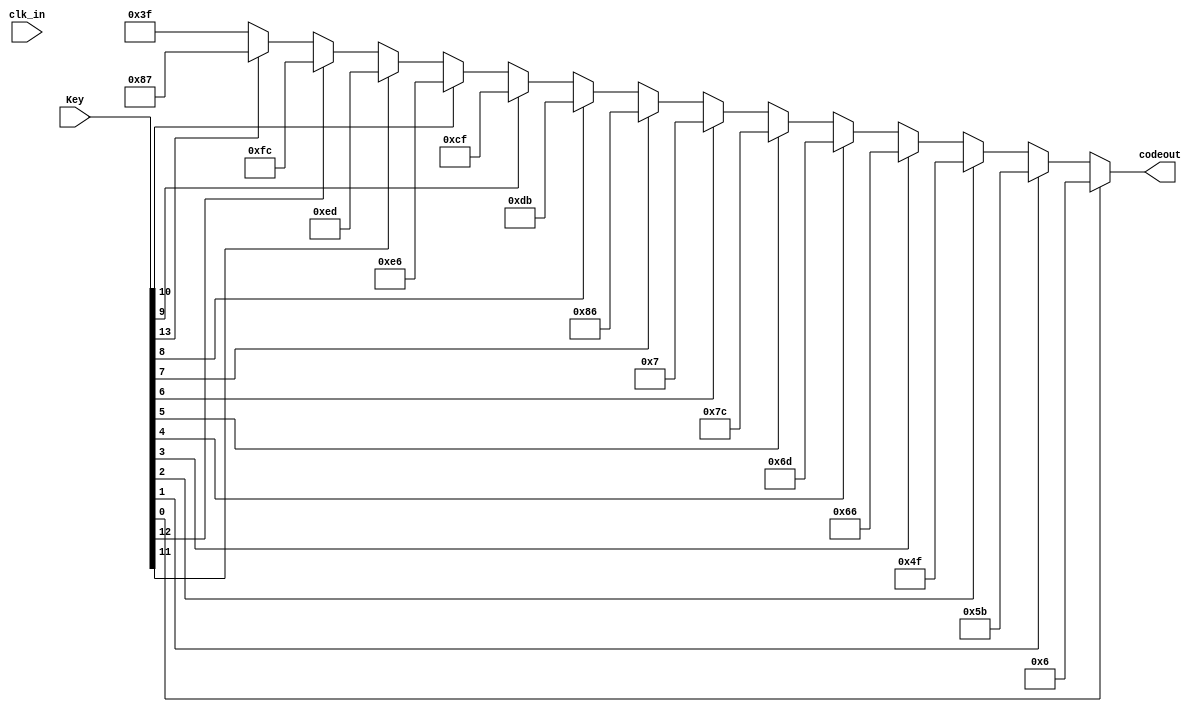
module yxt_2497_7_2(clk_in,Key,codeout);  //

input clk_in;        //
input [13:0] Key;    //
output reg [7:0] codeout;

always@ (clk_in or Key)
begin
	     if(Key[0] == 1)
				codeout = 8'b0000_0110;    //1
	else if(Key[1] == 1)
				codeout = 8'b0101_1011;    //2
	else if(Key[2] == 1)
				codeout = 8'b0100_1111;    //3
	else if(Key[3] == 1)
				codeout = 8'b0110_0110;    //4
	else if(Key[4] == 1)
				codeout = 8'b0110_1101;    //5
	else if(Key[5] == 1)
				codeout = 8'b0111_1100;    //6
	else if(Key[6] == 1)
				codeout = 8'b0000_0111;    //7
	else if(Key[7] == 1)
				codeout = 8'b1000_0110;    //1.
	else if(Key[8] == 1)
				codeout = 8'b1101_1011;    //2.
	else if(Key[9] == 1)
				codeout = 8'b1100_1111;    //3.
	else if(Key[10] == 1)
				codeout = 8'b1110_0110;    //4.
	else if(Key[11] == 1)
				codeout = 8'b1110_1101;    //5.
	else if(Key[12] == 1)
				codeout = 8'b1111_1100;    //6.
	else if(Key[13] == 1) 
				codeout = 8'b1000_0111;    //7.
	else    
         	codeout = 8'b0011_1111;	   //0
end
endmodule